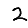
Digit: 2